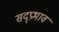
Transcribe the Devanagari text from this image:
सद्प्रभाव